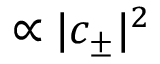
\propto | c _ { \pm } | ^ { 2 }